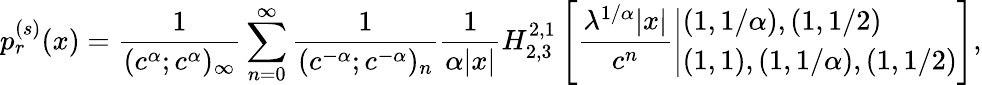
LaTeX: p_{r}^{(s)}(x)=\frac{1}{(c^{\alpha};c^{\alpha})_{\infty}}\sum_{n=0}^{\infty}\frac{1}{(c^{-\alpha};c^{-\alpha})_{n}}\frac{1}{\alpha|x|}H_{2,3}^{2,1}\left[\frac{\lambda^{1/\alpha}|x|}{c^{n}}\left|\begin{array}{ll}{(1,1/\alpha),(1,1/2)}\\ {(1,1),(1,1/\alpha),(1,1/2)}\end{array}\right.\right],